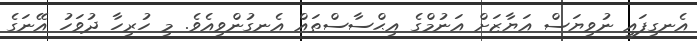
އެނގިފައި ނުވިޔަސް އަޔާޒަށް އަނުމްގެ އިޙްސާސްތައް އެނގުންވިއެވެ. މި ހުރިހާ ދުވަހު އޭނަގެ